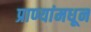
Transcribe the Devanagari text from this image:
प्राण्यांमधून